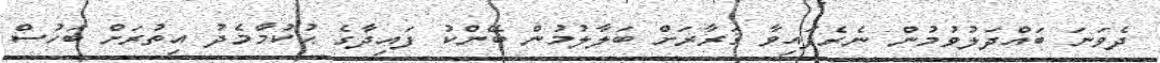
ދެވަނަ ބައްދަލުވުމުން ނެރެފައިވާ ޤަރާރަށް ބަލާލުމުން ބޭންކު ފައިދާގެ ޙުކުމާމެދު އިތުރަށް ބަހުސް